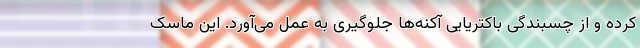
کرده و از چسبندگی باکتریایی آکنه‌ها جلوگیری به عمل می‌آورد. این ماسک